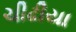
ચીઢીયા